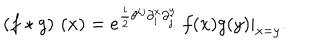
\left( f \star g \right) \, \left( x \right) = e ^ { { \frac { i } { 2 } } \theta ^ { i j } \partial _ { i } ^ { x } \partial _ { j } ^ { y } } \ f ( x ) g ( y ) | _ { x = y } .